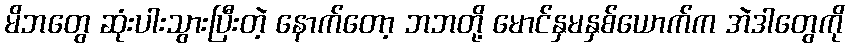
မိဘတွေ ဆုံးပါးသွားပြီးတဲ့ နောက်တော့ ဘဘတို့ မောင်နှမနှစ်ယောက်က အဲဒါတွေကို